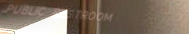
PUBLIC RESTROOM